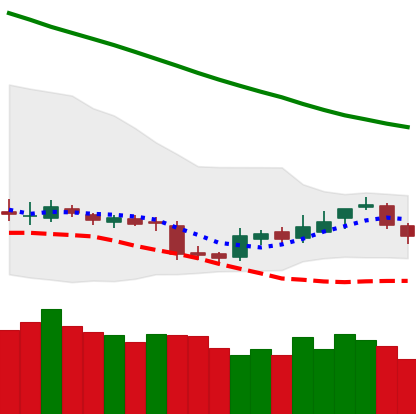
Ticker: BNB-USD
Chart end date: 2018-11-09
Forward return: -12.007%
Label: down_7plus